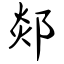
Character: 郯